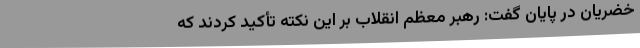
خضریان در پایان گفت: رهبر معظم انقلاب بر این نکته تأکید کردند که